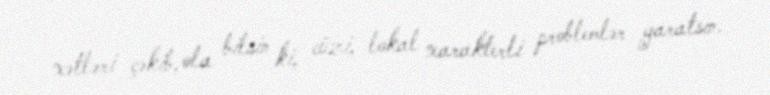
xətləri çəkib, ola bilsin ki, cüzi, lokal xarakterli problemlər yaratsın.